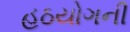
હઠયોગની